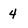
Character: 4